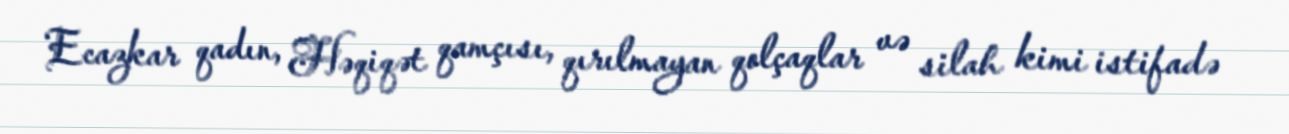
Ecazkar qadın, Həqiqət qamçısı, qırılmayan qolçaqlar və silah kimi istifadə